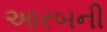
આરબની